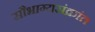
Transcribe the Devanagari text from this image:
सौभाग्यसंक्रांत